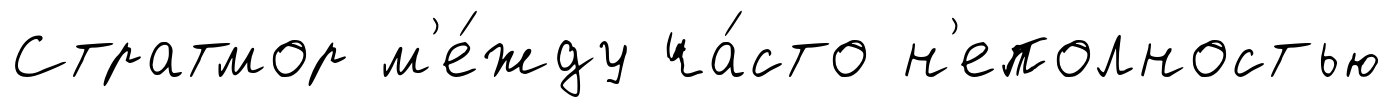
Стратмор м'е́жду ча́сто н'еполностью